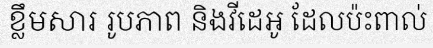
ខ្លឹមសារ រូបភាព និងវីដេអូ ដែលប៉ះពាល់